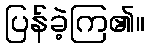
ပြန်ခဲ့ကြ၏။